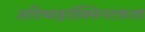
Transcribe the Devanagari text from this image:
अतिथाइरॉक्सिनरक्तता